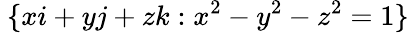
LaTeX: ~\{ xi+yj+zk:x^{2}-y^{2}-z^{2}=1\}